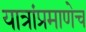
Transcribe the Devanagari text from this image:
यात्रांप्रमाणेच